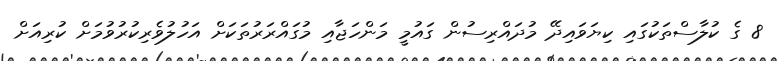
8 ގެ ކުލާސްތަކުގައި ކިޔަވައިދޭ މުދައްރިސުން ގައުމީ މަންހަޖާއި މުގައްރަރުތަކަށް އަހުލުވެރިކުރުވުމަށް ކުރިއަށް